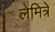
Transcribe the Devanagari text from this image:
लेमित्रे